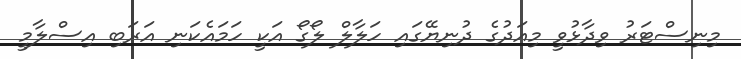
މިނިސްޓަރު ވިދާޅުވީ މިއަދުގެ ދުނިޔޭގައި ހަލާލް ލޯގޯ އަކީ ހަމައެކަނި އަރަބި އިސްލާމީ